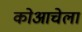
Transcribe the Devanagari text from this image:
कोआचेला